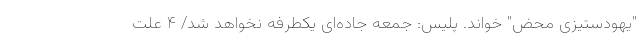
"یهودستیزی محض" خواند. پلیس: جمعه جاده‌ای یکطرفه نخواهد شد/ ۴ علت